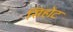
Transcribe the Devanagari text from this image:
सिहोट